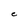
Character: C